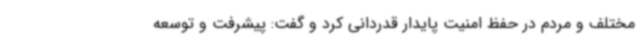
مختلف و مردم در حفظ امنیت پایدار قدردانی کرد و گفت: پیشرفت و توسعه